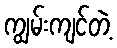
ကျွမ်းကျင်တဲ့